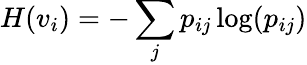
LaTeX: H(v_{i})=-\sum_{j}p_{ij}\log(p_{ij})